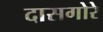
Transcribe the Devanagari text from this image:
दासगोरे